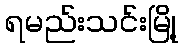
ရမည်းသင်းမြို့